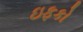
ઇફકો